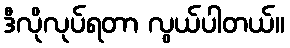
ဒီလိုလုပ်ရတာ လွယ်ပါတယ်။